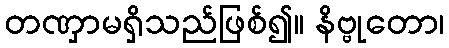
တဏှာမရှိသည်ဖြစ်၍။ နိဗ္ဗုတော၊